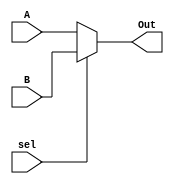
module MUX3Bit(
	input [2:0]A, B,
	input sel,
    output [2:0]Out
);
	assign Out = (sel) ? B : A;
endmodule

module MUX8Bit(
	input [7:0]A, B,
	input sel,
    output [7:0]Out
);
	assign Out = (sel) ? B : A;
endmodule

module MUX11Bit(
	input [10:0]A, B,
	input sel,
    output [10:0]Out
);
	assign Out = (sel) ? B : A;
endmodule

module MUX8Bit3Input(
	input [7:0]A, B, C,
	input [1:0]sel,
    output [7:0]Out
);
	assign Out = (sel == 2'b00) ? A :
				 (sel == 2'b01) ? B :
				 (sel == 2'b10) ? C : 8'bx;
endmodule

module MUX12Bit(
	input [11:0]A, B, C, D,
	input [1:0]sel,
    output [11:0]Out
);
	assign Out = (sel == 2'b00) ? A :
  				 (sel == 2'b01) ? B :
  				 (sel == 2'b10) ? C :
  				 (sel == 2'b11) ? D : 12'bx;
endmodule

module MUXTB();
	reg [11:0] A, B, C, D;
	reg [1:0] sel;
	wire [11:0]out;
	MUX12Bit m1(A, B, C, D, sel, out);

	initial begin
		A = 12'b000000000000;
		B = 12'b000000000001;
		C = 12'b000000000010;
		D = 12'b000000000011;
		sel = 2'b00;
		#50;
		A = 12'b000000000000;
		B = 12'b000000000001;
		C = 12'b000000000010;
		D = 12'b000000000011;
		sel = 2'b01;
		#50;
		A = 12'b000000000000;
		B = 12'b000000000001;
		C = 12'b000000000010;
		D = 12'b000000000011;
		sel = 2'b10;
		#50;
		A = 12'b000000000000;
		B = 12'b000000000001;
		C = 12'b000000000010;
		D = 12'b000000000011;
		sel = 2'b11;
		#50;
		$stop;
	end
endmodule